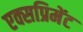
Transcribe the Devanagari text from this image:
एक्सप्रिमेंट